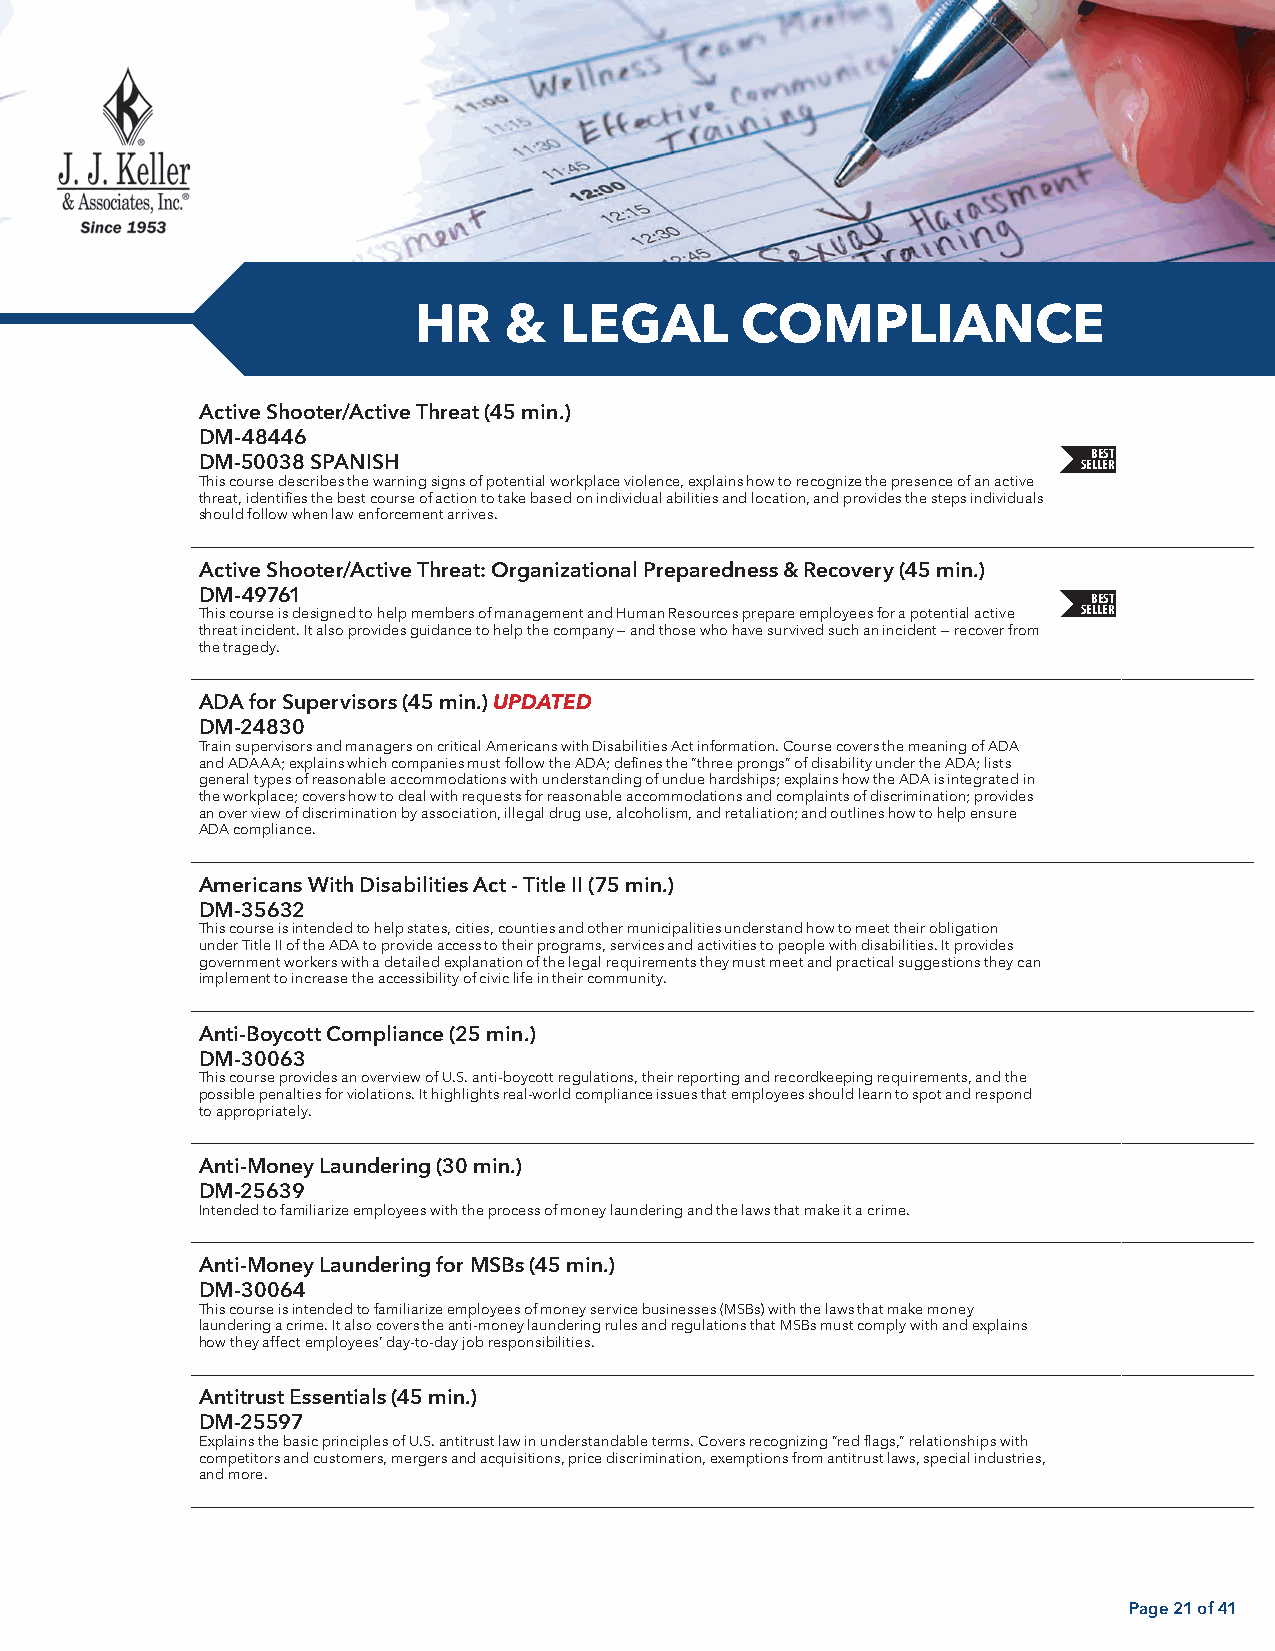
HR    &   LEGAL       COMPLIANCE
 Active Shooter/Active Threat (45 min.)
 DM-48446
 BEST
 DM-50038 SPANISH                                           SELLER
 This course describes the warning signs of potential workplace violence, explains how to recognize the presence of an active
 threat, identifies the best course of action to take based on individual abilities and location, and provides the steps individuals
 should follow when law enforcement arrives.
 Active Shooter/Active Threat: Organizational Preparedness & Recovery (45 min.)
 DM-49761                                                   BEST
 SELLER
 This course is designed to help members of management and Human Resources prepare employees for a potential active
 threat incident. It also provides guidance to help the company — and those who have survived such an incident — recover from
 the tragedy.
 ADA for Supervisors (45 min.) UPDATED
 DM-24830
 Train supervisors and managers on critical Americans with Disabilities Act information. Course covers the meaning of ADA
 and ADAAA; explains which companies must follow the ADA; defines the “three prongs” of disability under the ADA; lists
 general types of reasonable accommodations with understanding of undue hardships; explains how the ADA is integrated in
 the workplace; covers how to deal with requests for reasonable accommodations and complaints of discrimination; provides
 an over view of discrimination by association, illegal drug use, alcoholism, and retaliation; and outlines how to help ensure
 ADA compliance.
 Americans With Disabilities Act - Title II (75 min.)
 DM-35632
 This course is intended to help states, cities, counties and other municipalities understand how to meet their obligation
 under Title II of the ADA to provide access to their programs, services and activities to people with disabilities. It provides
 government workers with a detailed explanation of the legal requirements they must meet and practical suggestions they can
 implement to increase the accessibility of civic life in their community.
 Anti-Boycott Compliance (25 min.)
 DM-30063
 This course provides an overview of U.S. anti-boycott regulations, their reporting and recordkeeping requirements, and the
 possible penalties for violations. It highlights real-world compliance issues that employees should learn to spot and respond
 to appropriately.
 Anti-Money Laundering (30 min.)
 DM-25639
 Intended to familiarize employees with the process of money laundering and the laws that make it a crime.
 Anti-Money Laundering for MSBs (45 min.)
 DM-30064
 This course is intended to familiarize employees of money service businesses (MSBs) with the laws that make money
 laundering a crime. It also covers the anti-money laundering rules and regulations that MSBs must comply with and explains
 how they affect employees’ day-to-day job responsibilities.
 Antitrust Essentials (45 min.)
 DM-25597
 Explains the basic principles of U.S. antitrust law in understandable terms. Covers recognizing “red flags,” relationships with
 competitors and customers, mergers and acquisitions, price discrimination, exemptions from antitrust laws, special industries,
 and more.
 Page 21 of 41